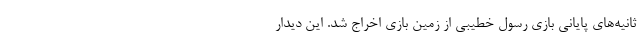
ثانیه‌های پایانی بازی رسول خطیبی از زمین بازی اخراج شد. این دیدار